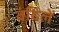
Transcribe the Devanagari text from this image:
वंदिलें